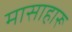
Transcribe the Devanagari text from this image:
मासाहारू